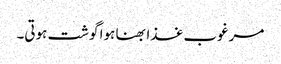
مرغوب غذا بھنا ہوا گوشت ہوتی۔